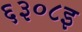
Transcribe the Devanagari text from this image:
६३०८इ